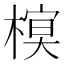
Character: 𣘔